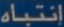
انتباه